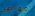
مواطن